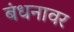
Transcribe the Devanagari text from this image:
बंधनावर